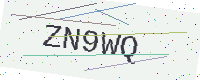
Text: ZN9WQ